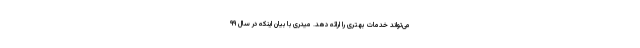
می‌تواند خدمات بهتری را ارائه دهد. میدری با بیان اینکه در سال ۹۹